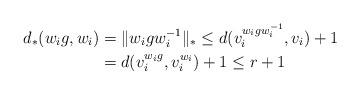
LaTeX: \begin{align*}d_*(w_i g,w_i ) &= \|w_i g w_i^{-1}\|_*\le d(v_i^{w_i g w_i^{-1}}, v_i)+1\\&= d(v_i^{w_ig}, v_i^{w_i})+1 \le r+1\end{align*}